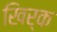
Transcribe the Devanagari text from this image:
खिर्क